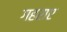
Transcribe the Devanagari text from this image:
गहराए